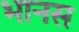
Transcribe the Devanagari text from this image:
भानस